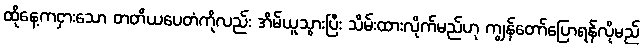
ထိုနေ့ကငှားသော တတိယပေတံကိုလည်း အိမ်ယူသွားပြီး သိမ်းထားလိုက်မည်ဟု ကျွန်တော်ပြောရန်လိုမည်